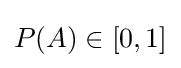
P(A)\in [0,1]